Lunatic asylums Central Provinces reports 1910-1926 - 1910-1926
Year: 1910
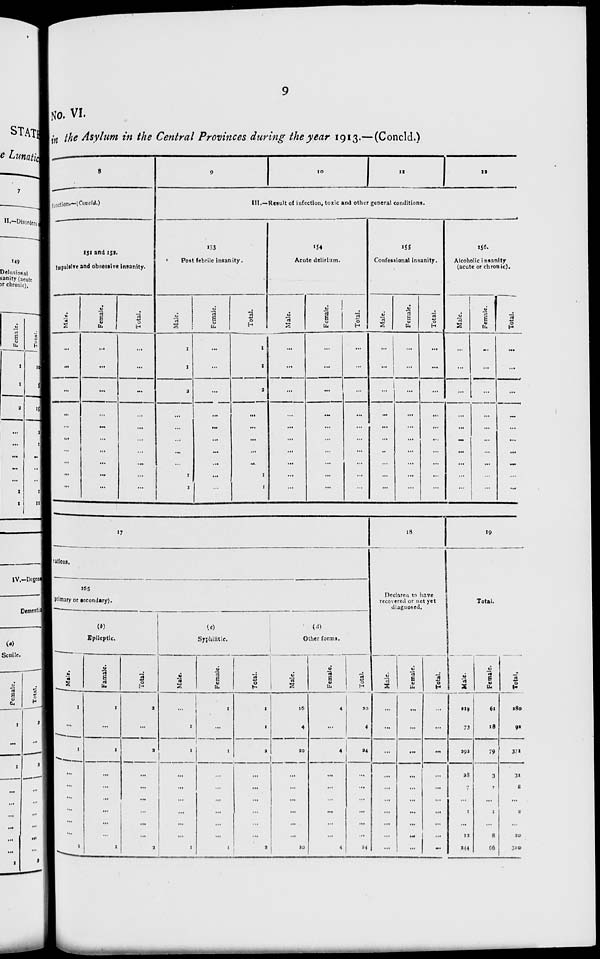
9
NO. VI.
in the Asylum in the Central Provinces during the year 1913.—(Concld.)
8
function.—(Concld.)
151 and 152.
Impulsive and obsessive insanity.
Male.
...
...
...
...
...
...
...
...
...
...
Female.
...
...
...
...
...
...
...
...
...
...
Total.
...
...
...
...
...
...
...
...
...
...
9
10
11
12
III.—Result of infection, toxic and other general conditions.
153
Post febrile insanity.
Male.
1
1
2
...
... ...
...
... 1
1
Female.
...
...
...
...
...
...
...
...
...
...
Total.
1
1
2
...
...
...
...
...
1
1
154
Acute delirium.
Male.
...
...
...
...
...
...
...
...
...
...
Female.
...
...
...
...
...
...
...
...
...
...
Total.
...
...
...
...
...
...
...
...
...
...
155
Confessional insanity.
Male.
...
...
...
...
...
...
...
...
...
...
Female.
...
...
...
...
...
...
...
...
...
...
Total.
...
...
...
...
...
...
...
...
...
...
156.
Alcoholic insanity
(acute or chronic).
Male.
...
...
...
...
...
...
... ... ...
...
Female.
...
...
...
...
...
...
...
...
...
...
Total.
...
...
...
...
...
...
...
...
...
...
17
rations.
165
(primary or secondary).
(b)
Epileptic.
Male.
1
...
1
...
...
...
...
...
...
1
Famale.
1
...
1
...
...
...
...
...
...
1
Total.
2
...
2
...
...
...
...
...
...
2
(c)
Syphilitic.
Male.
...
1
1
...
...
...
...
...
...
1
Female.
1
...
1
...
...
...
...
...
...
1
Total.
1
1
2
...
...
...
...
...
...
2
(d)
Other forms.
Male.
16
4
20
...
...
...
...
...
...
20
Female.
4
...
4
...
...
...
...
...
...
4
Total.
20
4
24
...
...
...
...
...
...
24
18
Declared to have
recovered or not yet
diagnosed.
Male.
...
...
...
...
...
...
...
...
...
...
Female.
...
...
...
...
...
...
...
...
...
...
Total.
...
...
...
...
...
...
...
...
...
...
19
Total.
Male.
219
73
292
28
7
...
1
...
12
244
Female.
61
18
79
3
1
...
1
...
8
66
Total.
280
91
371
31
8
...
2
...
20
310